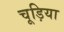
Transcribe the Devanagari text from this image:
चूड़िया